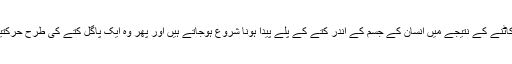
وہ کہتے ہیں کتا کاٹنے کے نتیجے میں انسان کے جسم کے اندر کتے کے پلے پیدا ہونا شروع ہوجاتے ہیں اور پھر وہ ایک پاگل کتے کی طرح حرکتیں کرنے لگتا ہے۔